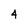
Character: 4